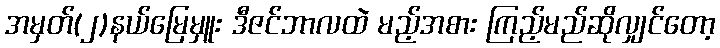
အမှတ်(၂)နယ်မြေမှူး ဒီဇင်ဘာလထဲ မည့်အစား ကြည့်မည်ဆိုလျှင်တော့